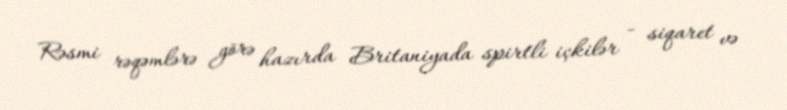
Rəsmi rəqəmlərə görə hazırda Britaniyada spirtli içkilər - siqaret və